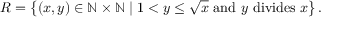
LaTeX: R = \left\{ ( x , y ) \in \mathbb { N } \times \mathbb { N } \mid 1 < y \leq { \sqrt { x } } { \mathrm { ~ a n d ~ } } y { \mathrm { ~ d i v i d e s ~ } } x \right\} .